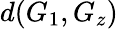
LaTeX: d(G_{1},G_{z})